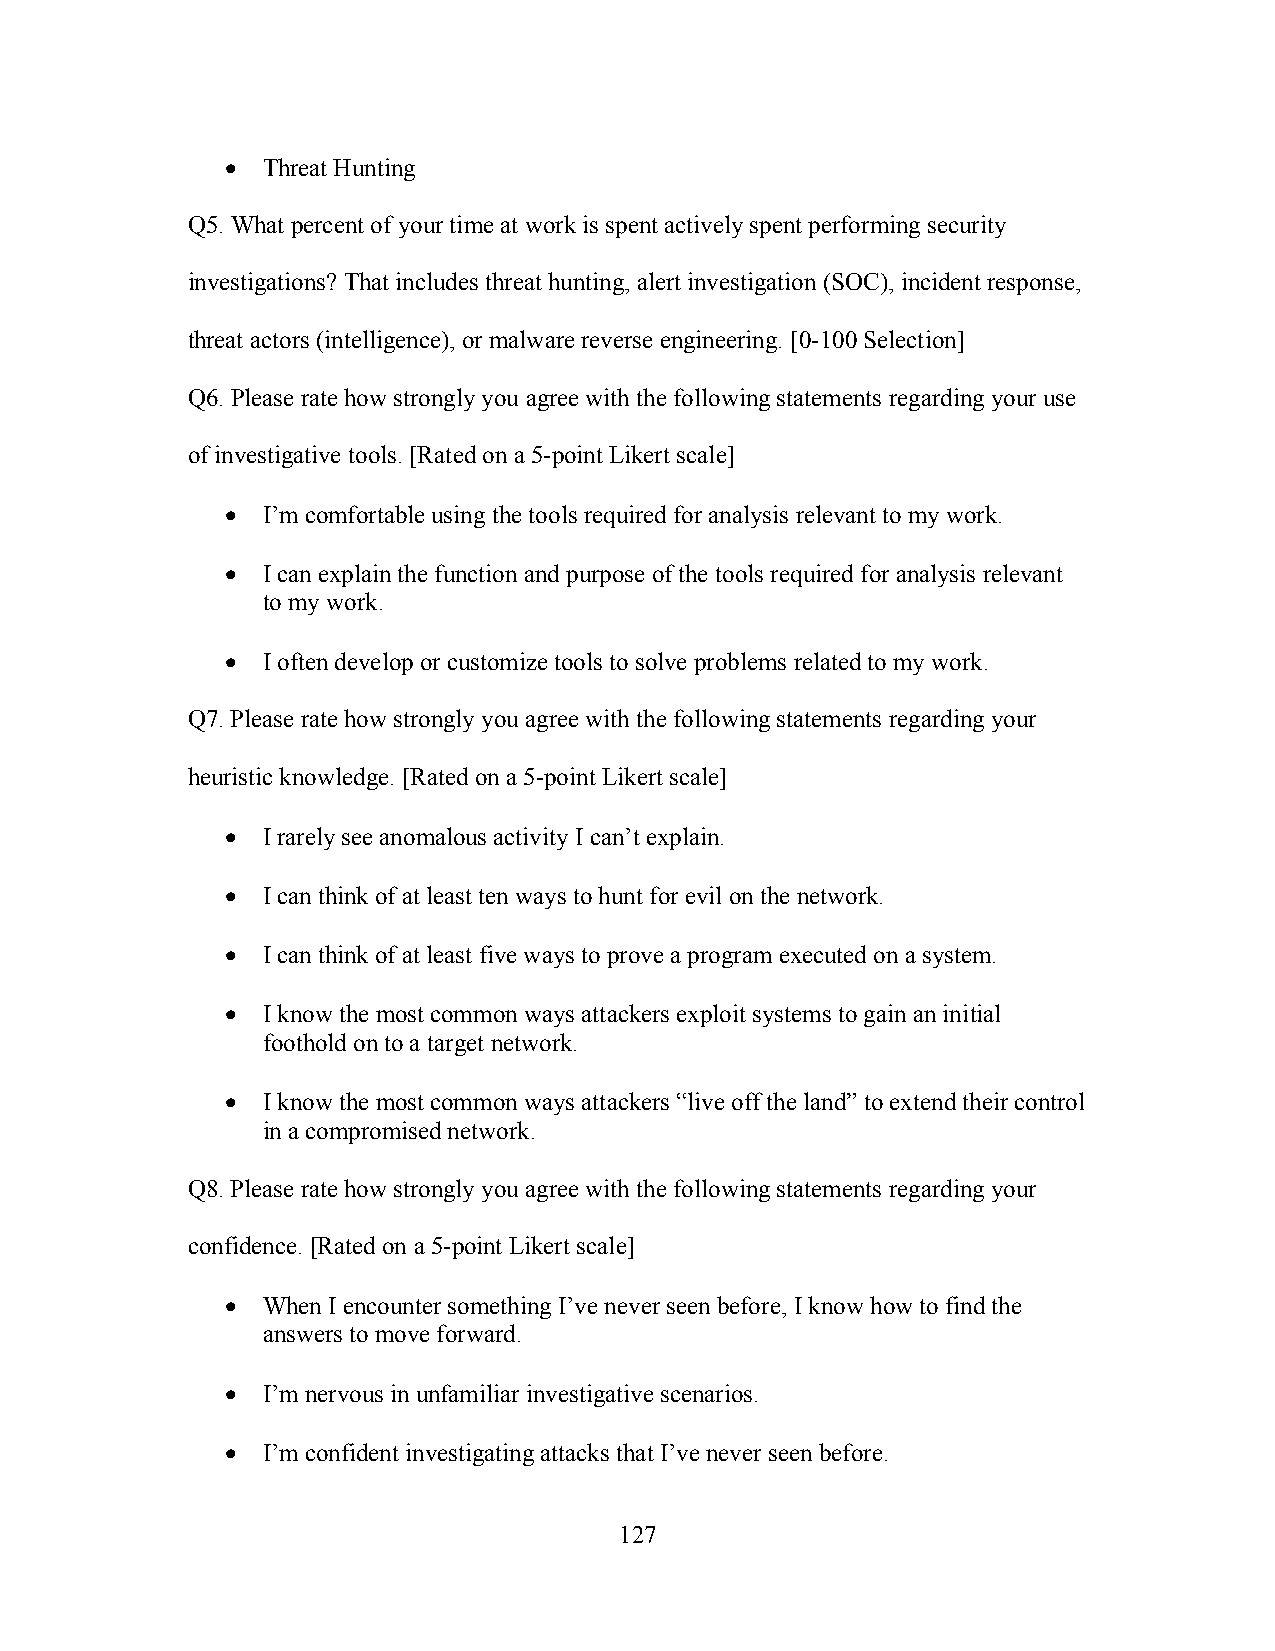
• Threat Hunting
 Q5. What percent of your time at work is spent actively spent performing security
 investigations? That includes threat hunting, alert investigation (SOC), incident response,
 threat actors (intelligence), or malware reverse engineering. [0-100 Selection]
 Q6. Please rate how strongly you agree with the following statements regarding your use
 of investigative tools. [Rated on a 5-point Likert scale]
 • I’m comfortable using the tools required for analysis relevant to my work.
 • I can explain the function and purpose of the tools required for analysis relevant
 to my work.
 • I often develop or customize tools to solve problems related to my work.
 Q7. Please rate how strongly you agree with the following statements regarding your
 heuristic knowledge. [Rated on a 5-point Likert scale]
 • I rarely see anomalous activity I can’t explain.
 • I can think of at least ten ways to hunt for evil on the network.
 • I can think of at least five ways to prove a program executed on a system.
 • I know the most common ways attackers exploit systems to gain an initial
 foothold on to a target network.
 • I know the most common ways attackers “live off the land” to extend their control
 in a compromised network.
 Q8. Please rate how strongly you agree with the following statements regarding your
 confidence. [Rated on a 5-point Likert scale]
 • When I encounter something I’ve never seen before, I know how to find the
 answers to move forward.
 • I’m nervous in unfamiliar investigative scenarios.
 • I’m confident investigating attacks that I’ve never seen before.
 127